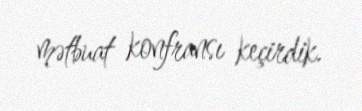
mətbuat konfransı keçirdik.